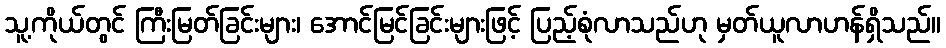
သူ့ကိုယ်တွင် ကြီးမြတ်ခြင်းများ၊ အောင်မြင်ခြင်းများဖြင့် ပြည့်စုံလာသည်ဟု မှတ်ယူလာဟန်ရှိသည်။